Medical and sanitary report of the native army of Bengal for the year
Year: 1876
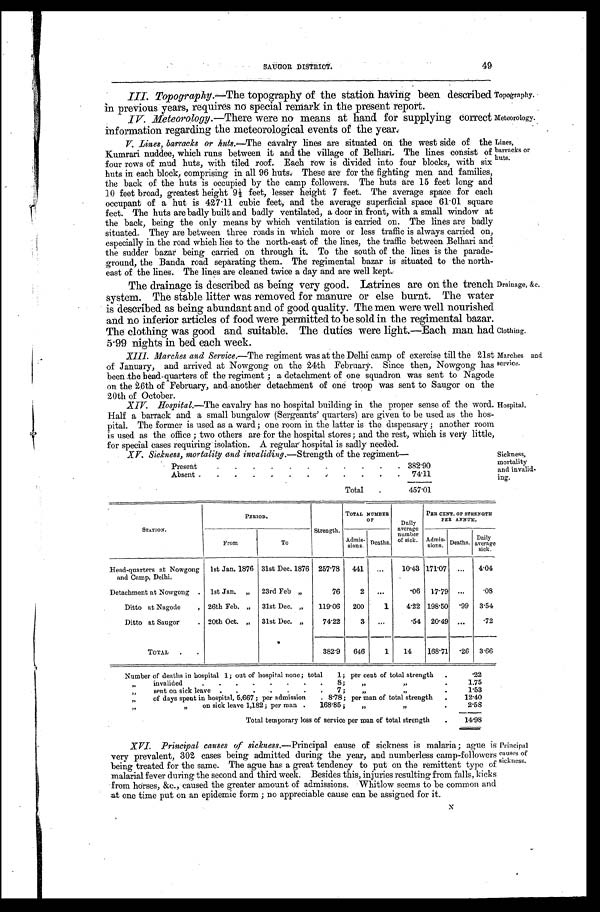
SAUGOR DISTRICT.
49
Topography.
Meteorology.
III. Topography.—The topography of the station having been. described
in previous years, requires no special remark in the present report.
IV. Meteorology.— There were no means at hand for supplying correct
information regarding the meteorological events of the year.
V. Lines, barracks or huts.—The
cavalry lines are situated on the west side of the
Kumrari nuddee, which runs between it and the village of Belhari. The lines consist of
four rows of mud huts, with tiled roof. Each row is divided into four blocks, with six
huts in each block, comprising in all 96 huts. These Are for the fighting men and families,
the back of the huts is occupied by the camp followers. The huts are 15 feet long and
10 feet broad, greatest height 9½ feet, lesser height 7 feet. The average space for each
occupant of a hut is 427.11 cubic feet, and the average superficial space 61.01 square
feet. The huts are badly built and badly ventilated, a door in front, with a small window at
the back, being the only means by which ventilation is carried on. The lines are badly
situated. They are between three roads in which more or less traffic is always carried on,
especially in the road which lies to the north-east of the lines, the traffic between Belhari and
the sudder bazar being carried on through it. To the south of the lines is the parade
-ground, the Banda road separating them. The regimental bazar is situated to the north
-east of the lines. The lines are cleaned twice a day and are well kept.
The drainage is described as being very good. Latrines are on the trench
system. The stable litter was removed for manure or else burnt. The water
is described as being abundant and of good quality. The men were well nourished
and no inferior articles of food were permitted to be sold in the regimental bazar.
The clothing was good and suitable. The duties were light.—Each man had
5.99 nights in bed each week.
Lines,
barracks or
huts.
Drainage, &c.
Clothing.
XIII. Marches and Service.— The regiment was at the Delhi camp of exercise till the 21st
of January, and arrived at Nowgong on the 24th February. Since then, Nowgong has
been the bead-quarters of the regiment ; a detachment of one squadron was sent to Nagode
on the 26th of February, and another detachment of one troop was sent to Saugor on the
20th of October.
XIV. Hospital.— The cavalry has no hospital building in the proper sense of the word.
Half a barrack and a small bungalow (Sergeants' quarters) are given to be used as the hos
- p i t a l . T h e f o r m e r i s u s e d a s a w a r d ; o n e r o o m i n t h e l a t t e r i s t h e d i s p e n s a r y ; a n o t h e r r o o m
is used as the office ; two others are for the hospital stores ; and the rest, which is very little,
for special cases requiring isolation. A regular hospital is sadly needed.
XV. Sickness, mortality and invaliding.— Strength of the regiment—
Present . . .
382.90
Absent . . .
74.11
Total . . .
457.01
STATION.
P E R I O D .
Strength.
TOTAL NUMBER
O F
Daily
average
number
of sick.
PER CENT OF STRENGTH
PER ANNUM.
From
To
A d m i s - s i o n s .
Deaths.
Admis-
sions. Deaths.
D a i l y a v e r a g e s i c k .
Head-quarters at Nowgong
and Camp, Delhi.
1st Jan. 1876 31st Dec. 1876 257.78
441
. . .
10.43 171.07
. . .
4.04
Detachment at Nowgong . . . 1st Jan. "
23rd Feb. "
76
2
. . .
.06 17.79 . . .
.08
Ditto at Nagode . . . 26th Feb. "
31st Dec. "
119.06
200
1
4.22 198.50 .99 3.54
Ditto at Saugor . . . 20th Oct. "
31st Dec. "
74.22
3
. . .
.54 20.49 . . .
.72
TOTAL . . .
382.9
646
1
14
168.71.26 3.66
Number of deaths in hospital 1; out of hospital none; total 1; per cent of total strength . . .
.22
" invalided . . . 8 ; " " . . .
1.75
" sent on sick leave . . . 7; " " . . .
1.53
" of days spent in hospital, 5,667; per admission . . . 8.78; per man of total strength . . .
12.40
" " on sick leave 1,182 ; per man . . . 168.85; " " . . .
2.58
Total temporary loss of service per man of total strength . . .
14.98
XVI. Principal causes of sickness.— Principal cause of sickness is malaria; ague is
very prevalent, 302 cases being admitted during the year, and numberless camp-followers
being treated for the same. The ague has a great tendency to put on the remittent type of
malarial fever during the second and third week. Besides this, injuries resulting from falls, kicks
from horses, &c., caused the greater amount of admissions. Whitlow seems to be common and
at one time put on an epidemic form ; no appreciable cause can be assigned for it.
Marches and
service.
Hospital.
Sickness,
mortality
and invalid
-ing.
Principal
causes of
sickness.
N